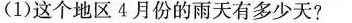
(1)这个地区4月份的雨天有多少天?